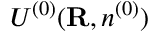
{ \cal U } ^ { ( 0 ) } ( { \bf R } , n ^ { ( 0 ) } )